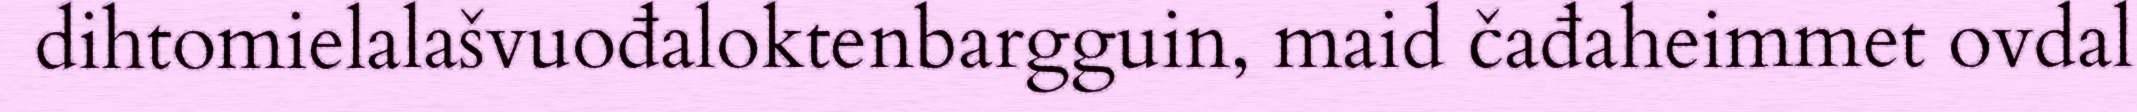
dihtomielalašvuođaloktenbargguin, maid čađaheimmet ovdal